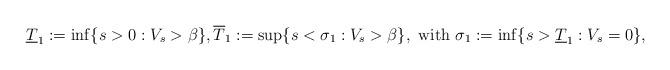
LaTeX: \begin{align*}&\underline{T}_1 := \inf \{ s > 0: V_s > \beta\}, \overline{T}_1 := \sup \{ s < \sigma_1: V_s > \beta\}, \textrm{ with } \sigma_1 := \inf \{ s > \underline{T}_1: V_s = 0\}, \end{align*}